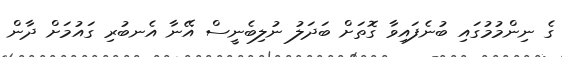
ގެ ނިންމުމުގައި ބުނެފައިވާ ގޮތަށް ބަދަލު ނުލިބެނީސް އޭނާ އެނބުރި ގައުމަށް ދާން